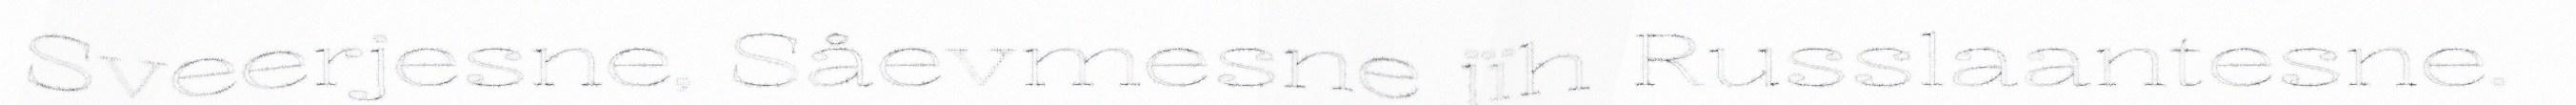
Sveerjesne, Såevmesne jïh Russlaantesne.